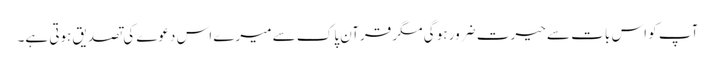
آپ کو اس بات سے حیرت ضرور ہو گی مگر قرآن پاک سے میرے اس دعوے کی تصدیق ہوتی ہے۔